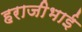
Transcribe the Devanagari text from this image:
हराजीभाई